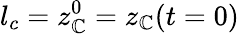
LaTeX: l_{c}=z_{\mathbb{C}}^{0}=z_{\mathbb{C}}(t=0)